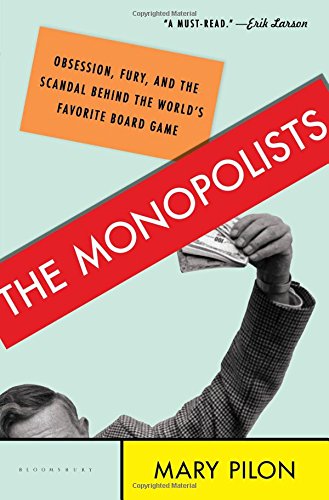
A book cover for The Monopolists: Obsession, Fury, and the Scandal Behind the World's Favorite Board Game; Mary Pilon; Humor & Entertainment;